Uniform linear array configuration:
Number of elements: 64
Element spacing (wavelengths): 1
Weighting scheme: hamming
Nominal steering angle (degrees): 45
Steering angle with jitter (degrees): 44.307
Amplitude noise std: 0.05
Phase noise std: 0.05

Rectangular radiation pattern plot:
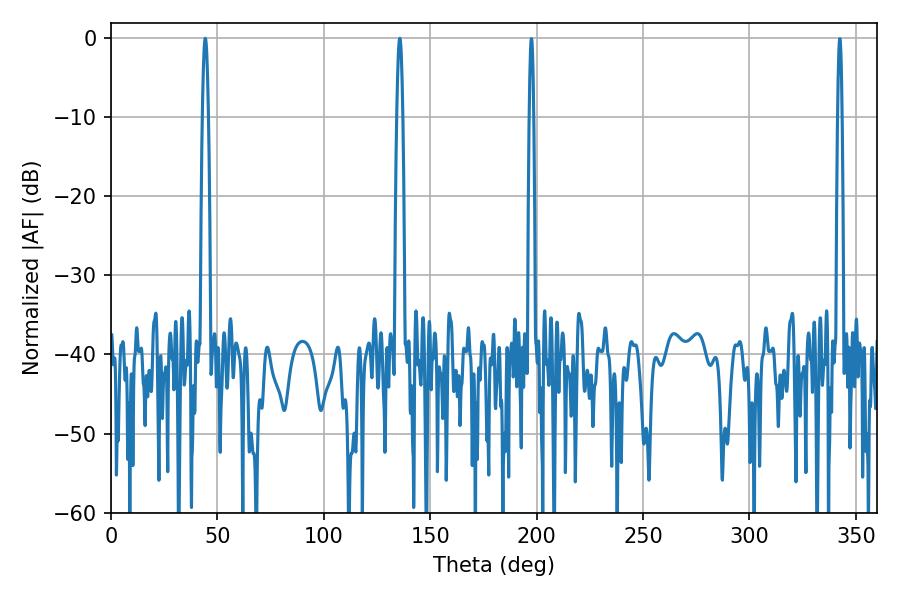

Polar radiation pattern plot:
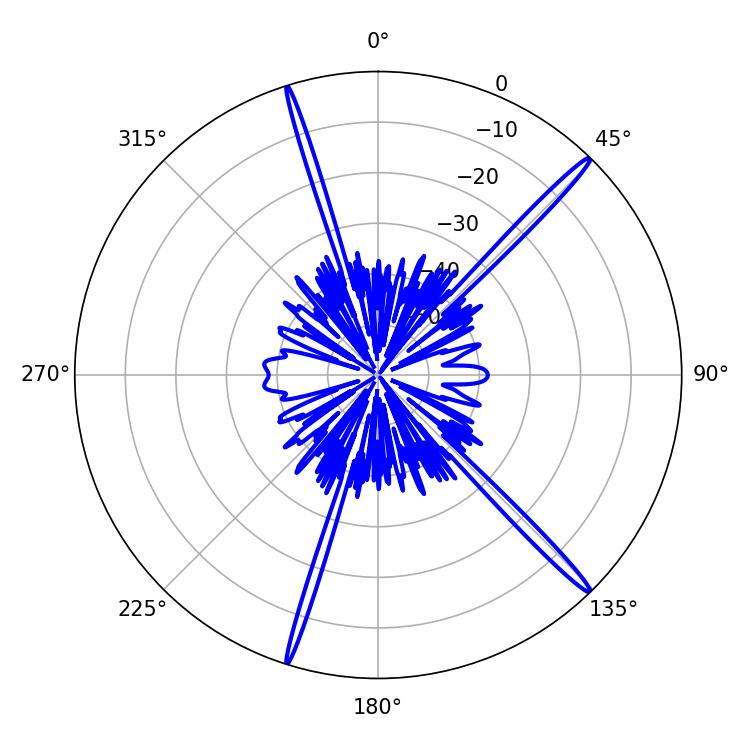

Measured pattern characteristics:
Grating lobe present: TRUE
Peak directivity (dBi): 18.451
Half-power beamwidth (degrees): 1.44
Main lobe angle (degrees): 44.28